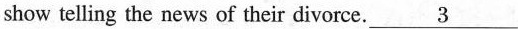
show telling the news of their divorce.\underline{3}